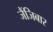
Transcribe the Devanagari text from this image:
जैंजिबार